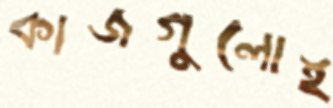
কাজগুলোই